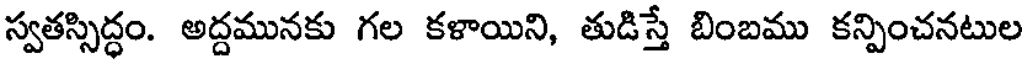
స్వతస్సిద్ధం. అద్దమునకు గల కళాయిని, తుడిస్తే బింబము కన్పించనటుల